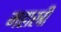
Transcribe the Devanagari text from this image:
महास्त्री